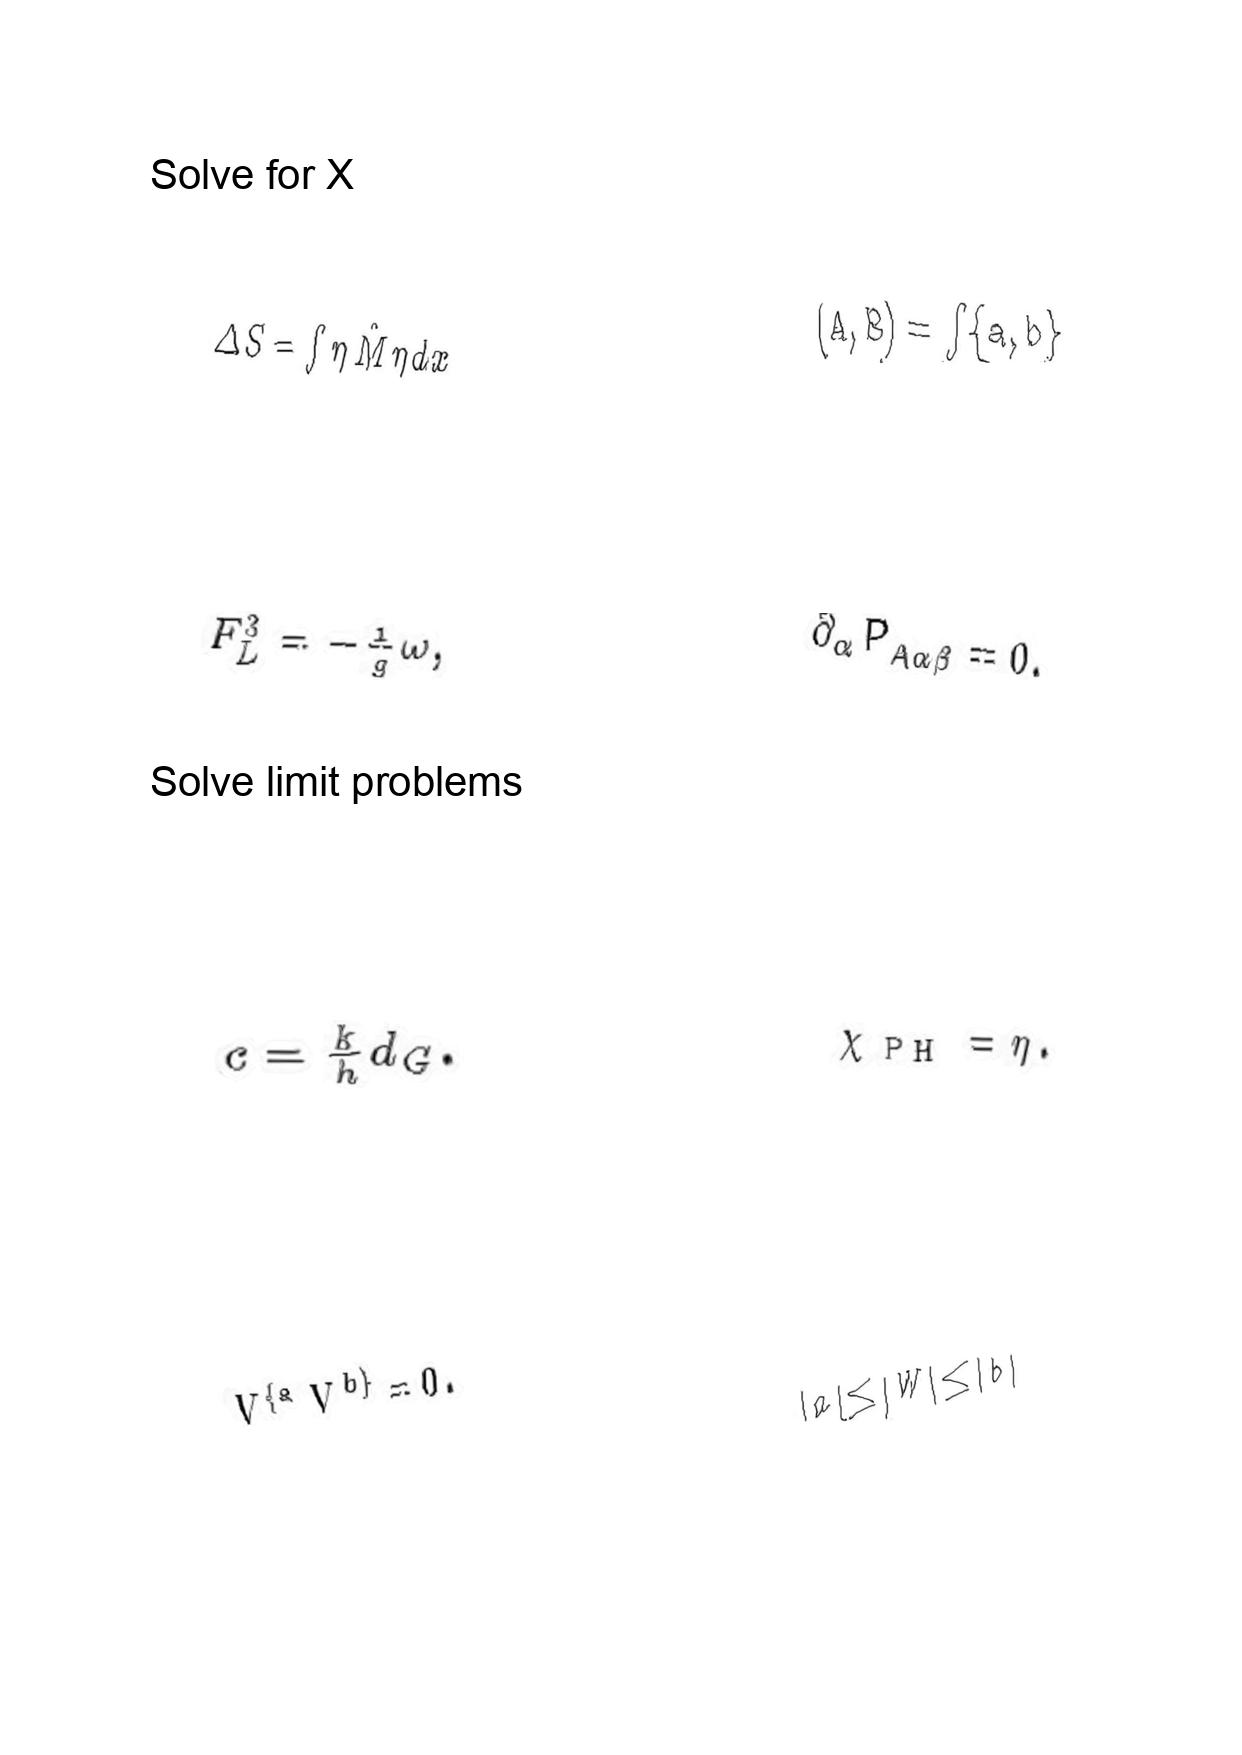
LaTeX transcription:
\Delta S = \int \eta \hat { M } \eta d x
F _ { L } ^ { 3 } = - \frac { 1 } { g } \omega ,
c = \frac { k } { h } d _ { G } .
V ^ { \lbrace a } V ^ { b \rbrace } = 0 .
\lparen A , B \rparen = \int \lbrace a , b \rbrace
\partial _ { \alpha } P _ { A \alpha \beta } = 0 .
\chi _ { \mathrm { P H } } = \eta .
\vert a \vert \le \vert W \vert \le \vert b \vert